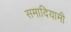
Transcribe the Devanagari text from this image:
समादियामी